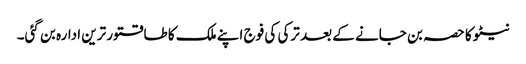
نیٹو کا حصہ بن جانے کے بعد ترکی کی فوج اپنے ملک کا طاقتور ترین ادارہ بن گئی۔